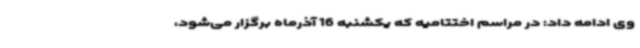
وی ادامه داد: در مراسم اختتامیه که یکشنبه 16 آذرماه برگزار می‌شود،